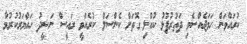
ކުރައްވަން ހަމަޖެއްސެވި ދަތުރުފުޅު ކުއްލި ގޮތަށް ކެންސަލް ކުރެއްވީ ރައީސް ނަޝީދު ހައްޔަރުކުރުމާ